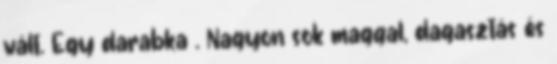
vált. Egy darabka . Nagyon sok maggal, dagasztás és